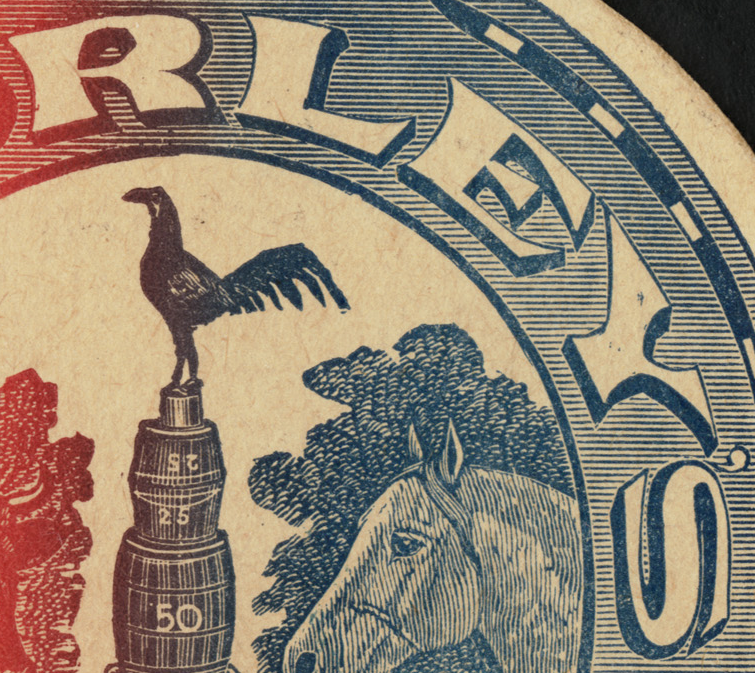
RLEY'S